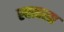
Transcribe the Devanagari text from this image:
स्वत्वला